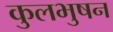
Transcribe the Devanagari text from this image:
कुलभुषन